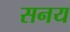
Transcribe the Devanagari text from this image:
सनय